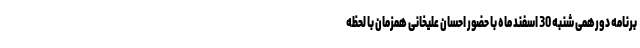
برنامه دورهمی شنبه 30 اسفند ماه با حضور احسان علیخانی همزمان با لحظه